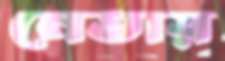
নেতায়